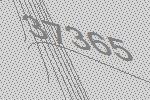
37365